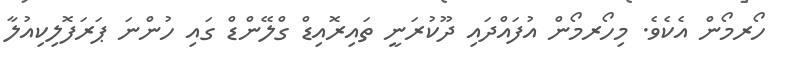
ހޯރމޯން އެކެވެ. މިހޯރމޯން އުފައްދައި ދޫކުރަނީ ތައިރޮއިޑް ގްލޭންޑް ގައި ހުންނަ ޕަރަފޮލިކިއުލާ